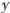
y